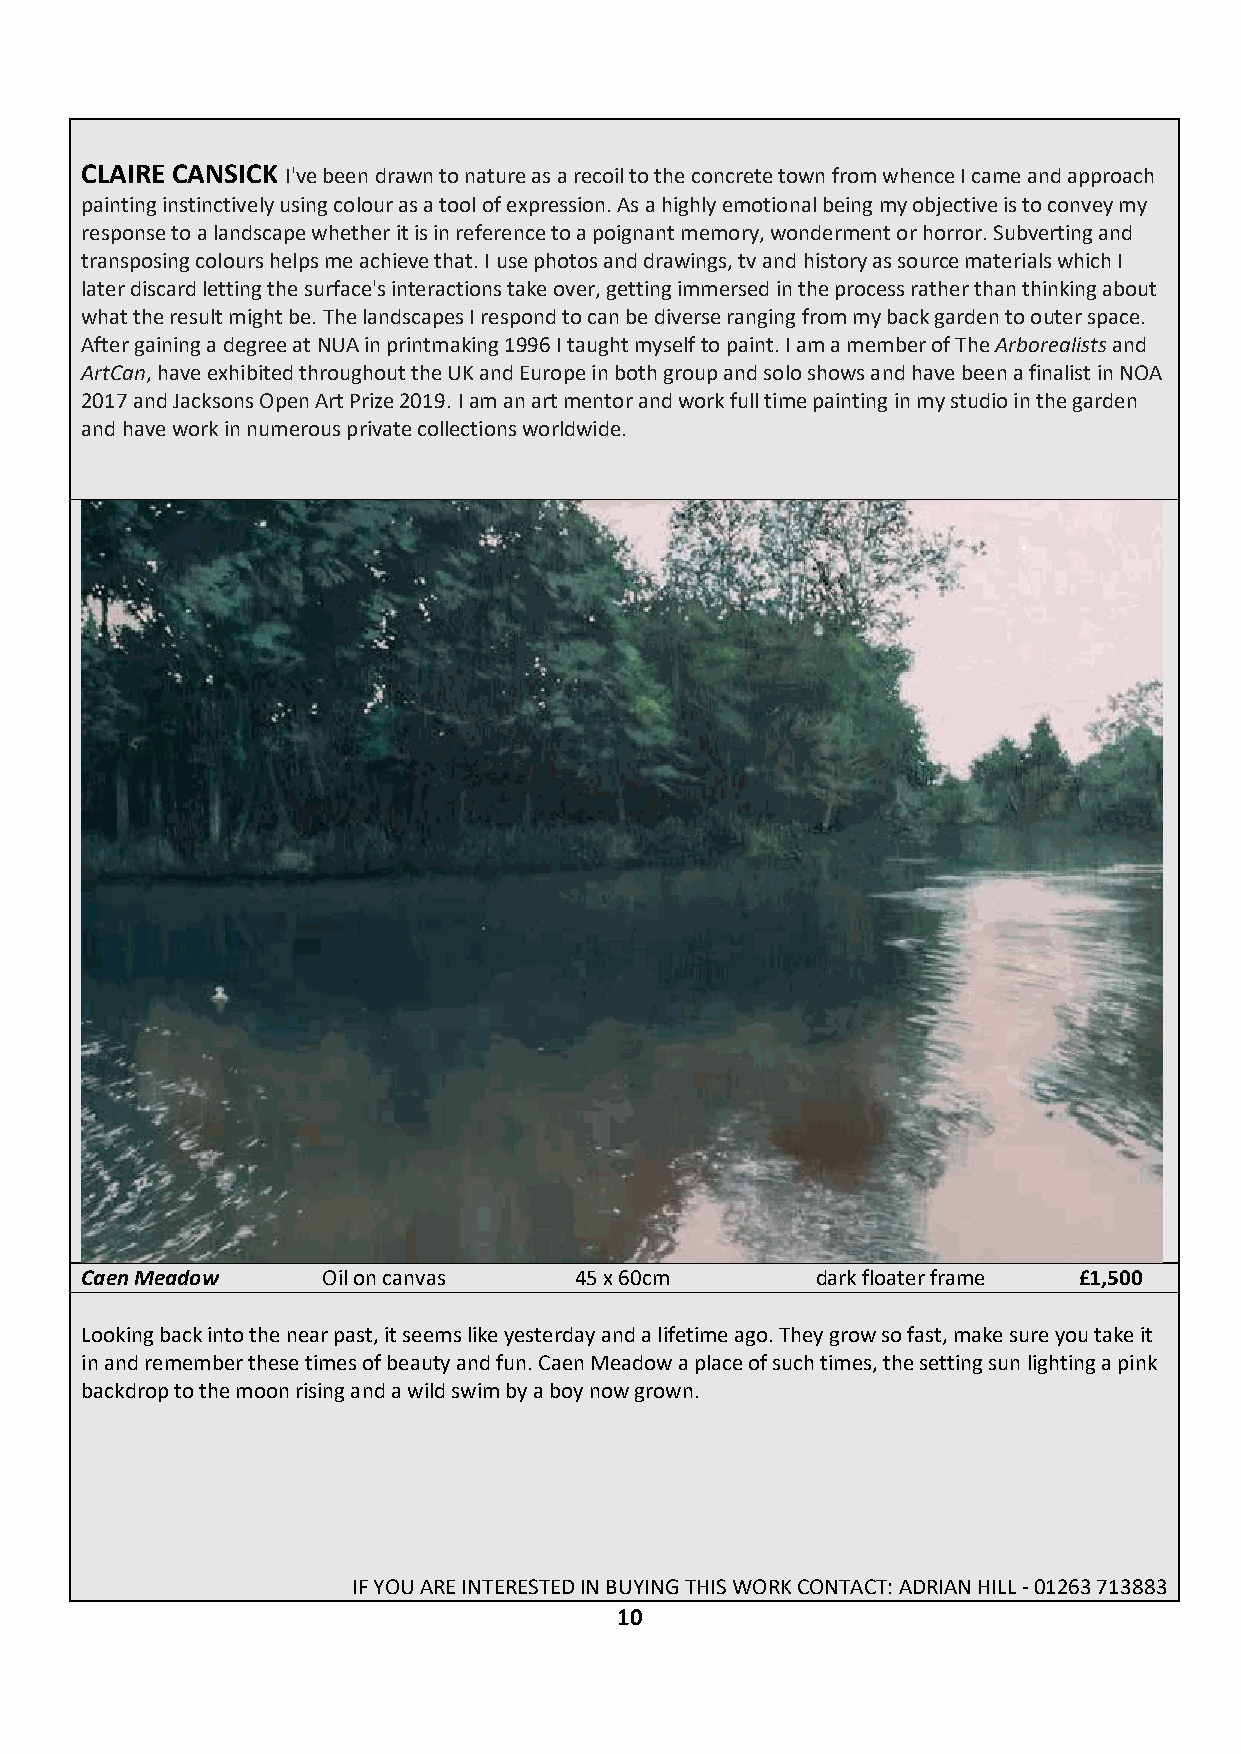
CLAIRE CANSICK I've been drawn to nature as a recoil to the concrete town from whence I came and approach
 painting instinctively using colour as a tool of expression. As a highly emotional being my objective is to convey my
 response to a landscape whether it is in reference to a poignant memory, wonderment or horror. Subverting and
 transposing colours helps me achieve that. I use photos and drawings, tv and history as source materials which I
 later discard letting the surface's interactions take over, getting immersed in the process rather than thinking about
 what the result might be. The landscapes I respond to can be diverse ranging from my back garden to outer space.
 After gaining a degree at NUA in printmaking 1996 I taught myself to paint. I am a member of The Arborealists and
 ArtCan, have exhibited throughout the UK and Europe in both group and solo shows and have been a finalist in NOA
 2017 and Jacksons Open Art Prize 2019. I am an art mentor and work full time painting in my studio in the garden
 and have work in numerous private collections worldwide.
 Caen Meadow     Oil on canvas    45 x 60cm       dark floater frame £1,500
 Looking back into the near past, it seems like yesterday and a lifetime ago. They grow so fast, make sure you take it
 in and remember these times of beauty and fun. Caen Meadow a place of such times, the setting sun lighting a pink
 backdrop to the moon rising and a wild swim by a boy now grown.
 IF YOU ARE INTERESTED IN BUYING THIS WORK CONTACT: ADRIAN HILL - 01263 713883
 10